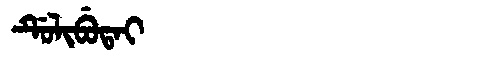
Manchu: ᡩᡠᠯᡳᠪᡠᡨᠠᡳ
Romanization: DULIBUTAI